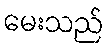
မေးသည်